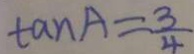
\tan A = \frac { 3 } { 4 }